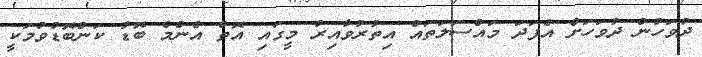
ދުވަހުން ދުވަހަށް އެފަދަ މައްސަލަތައް އިތުރުވާއިރު މީގައި އޮތް އެންމެ ބޮޑު ކަންބޮޑުވުމަކީ